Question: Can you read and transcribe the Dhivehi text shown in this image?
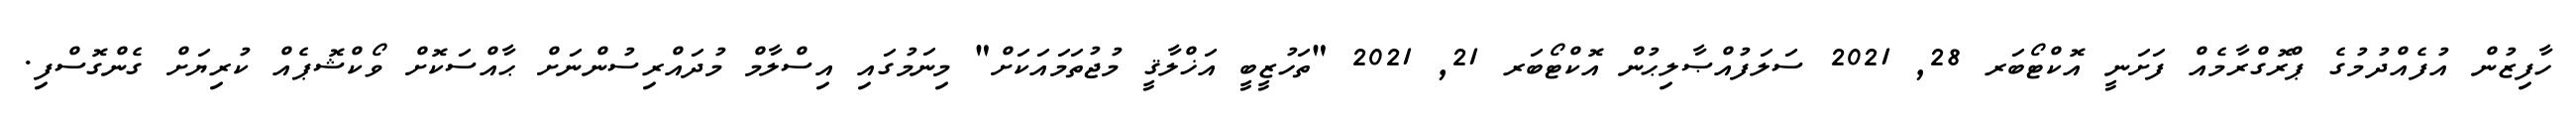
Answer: ހާފިޒުން އުފެއްދުމުގެ ޕްރޮގްރާމެއް ފަށަނީ އޮކްޓޯބަރ 28, 2021 ސަލަފުއްޞާލިޙުން އޮކްޓޯބަރ 21, 2021 "ތަހުޒީބީ އަޚްލާޤީ މުޖުތަމައަކަށް" މިނަމުގައި އިސްލާމް މުދައްރިސުންނަށް ޙާއްސަކޮށް ވޯކްޝޮޕެއް ކުރިޔަށް ގެންގޮސްފި.